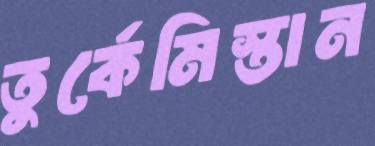
তুর্কেমিস্তান